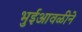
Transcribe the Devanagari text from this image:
भुईआवळीने